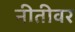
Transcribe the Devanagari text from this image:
नीतीवर